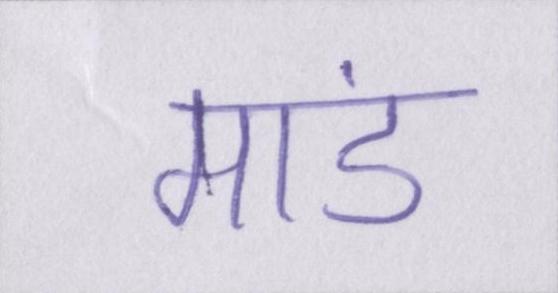
मांड